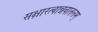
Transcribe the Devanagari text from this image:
सक्षारत्वान्नवातलम्